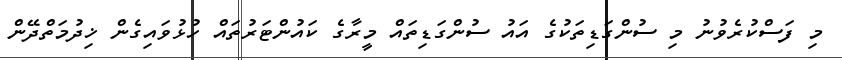
މި ފަސްކުރެވުނު މި ސުންގަޑިތަކުގެ އައު ސުންގަޑިތައް މީރާގެ ކައުންޓަރުތައް ހުޅުވައިގެން ޚިދުމަތްދޭން